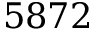
5 8 7 2